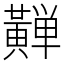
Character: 𱋴